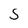
Character: S